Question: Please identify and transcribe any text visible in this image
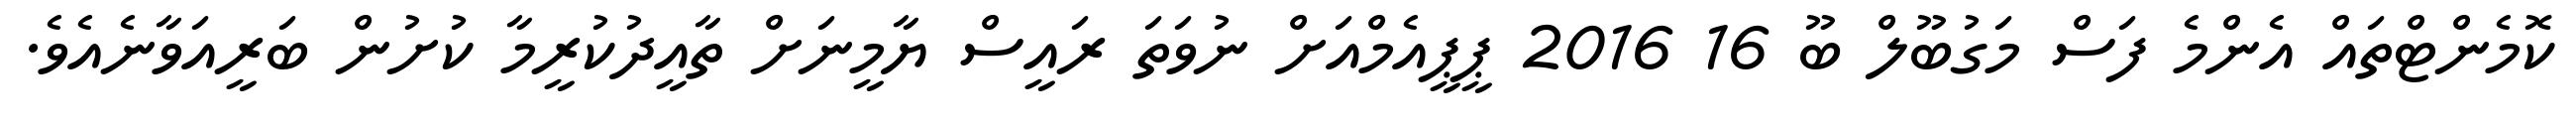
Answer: ކޮމެންޓްތައް އެންމެ ފަސް މަގުބޫލް ބޫ 16 2016 ޕީޕީއެމްއަށް ނުވަތަ ރައީސް ޔާމީނަށް ތާއީދުކުރީމާ ކުށުން ބަރީއަވާނެއެވެ.